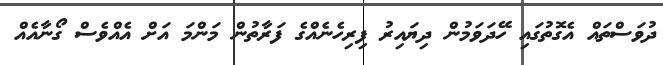
ދުވަސްތައް އެގޮތުގައި ހޭދަވަމުން ދިޔައިރު ފިރިހެނެއްގެ ފަރާތުން މަންމަ އަށް އެއްވެސް ގޯނާއެއް